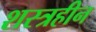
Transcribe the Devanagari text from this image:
शस्त्रहीन